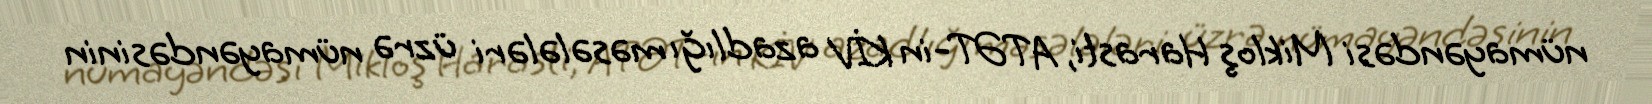
nümayəndəsi Mikloş Harasti, ATƏT-in KİV azadlığı məsələləri üzrə nümayəndəsinin